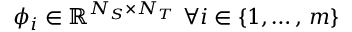
\phi _ { i } \in \mathbb { R } ^ { N _ { S } \times N _ { T } } \, \, \forall i \in \{ 1 , \dots , \, m \}